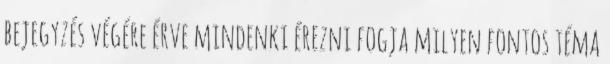
bejegyzés végére érve mindenki érezni fogja milyen fontos téma